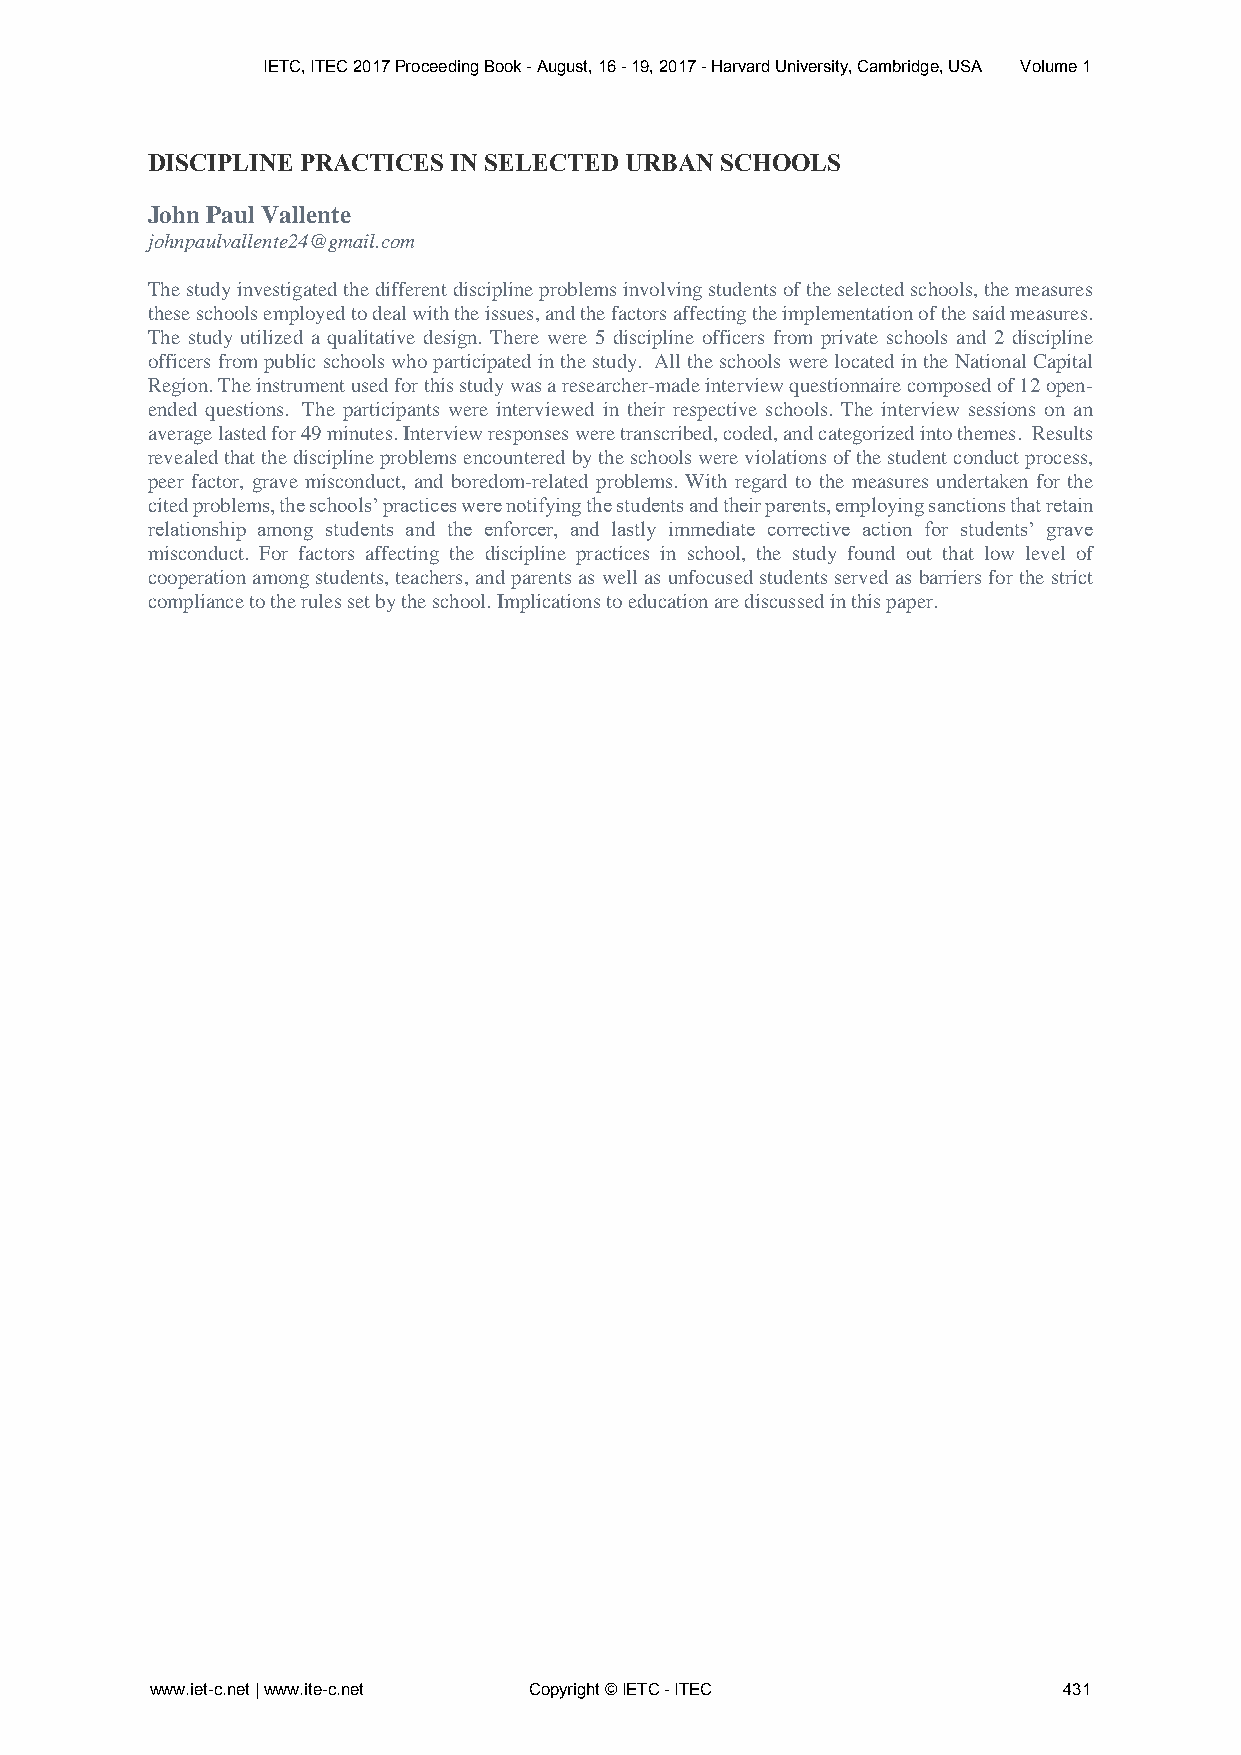
IETC, ITEC 2017 Proceeding Book - August, 16 - 19, 2017 - Harvard University, Cambridge, USA Volume 1
 DISCIPLINE PRACTICES IN SELECTED URBAN SCHOOLS
 John Paul Vallente
 johnpaulvallente24@gmail.com
 The study investigated the different discipline problems involving students of the selected schools, the measures
 these schools employed to deal with the issues, and the factors affecting the implementation of the said measures.
 The study utilized a qualitative design. There were 5 discipline officers from private schools and 2 discipline
 officers from public schools who participated in the study. All the schools were located in the National Capital
 Region. The instrument used for this study was a researcher-made interview questionnaire composed of 12 open-
 ended questions. The participants were interviewed in their respective schools. The interview sessions on an
 average lasted for 49 minutes. Interview responses were transcribed, coded, and categorized into themes. Results
 revealed that the discipline problems encountered by the schools were violations of the student conduct process,
 peer factor, grave misconduct, and boredom-related problems. With regard to the measures undertaken for the
 cited problems, the schools’ practices were notifying the students and their parents, employing sanctions that retain
 relationship among students and the enforcer, and lastly immediate corrective action for students’ grave
 misconduct. For factors affecting the discipline practices in school, the study found out that low level of
 cooperation among students, teachers, and parents as well as unfocused students served as barriers for the strict
 compliance to the rules set by the school. Implications to education are discussed in this paper.
 www.iet-c.net | www.ite-c.net Copyright © IETC - ITEC       431